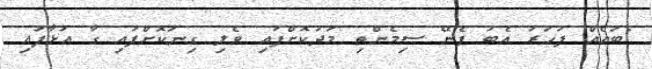
"ބައެއް ފަހަރު އެބަ ފެނޭ ސިމެންތި މަދުކޮށްފައި ވެލި ގިނަކޮށްފައި ގާ އަޅާފައި